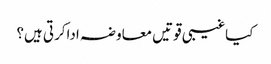
کیاغیبی قوتیں معاوضہ اداکرتی ہیں؟